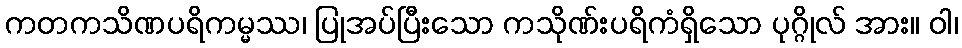
ကတကသိဏပရိကမ္မဿ၊ ပြုအပ်ပြီးသော ကသိုဏ်းပရိကံရှိသော ပုဂ္ဂိုလ် အား။ ဝါ၊